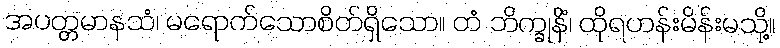
အပတ္တမာနသံ၊ မရောက်သောစိတ်ရှိသော။ တံ ဘိက္ခုနိံ၊ ထိုရဟန်းမိန်းမသို့။